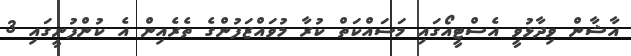
އާޝާން ވިދާޅުވީ އެސްޓީއޯގައި މަސައްކަތް ކުރާ މުވައްޒަފުންގެ ތެރެއިން އެ ކުންފުނީގައި 3